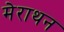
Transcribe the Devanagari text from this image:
मेराथन